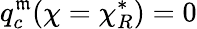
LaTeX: q_{c}^{\mathfrak{m}}(\chi=\chi_{R}^{*})=0